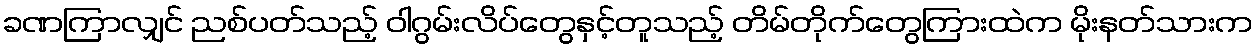
ခဏကြာလျှင် ညစ်ပတ်သည့် ဝါဂွမ်းလိပ်တွေနှင့်တူသည့် တိမ်တိုက်တွေကြားထဲက မိုးနတ်သားက